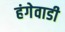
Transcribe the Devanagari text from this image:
हंगेवाडी